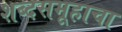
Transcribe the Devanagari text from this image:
शब्दसमूहाचा